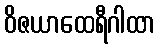
ဝိဇယာထေရီဂါထာ